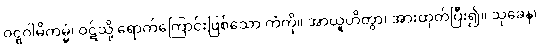
ဝဋ္ဋဂါမိကမ္မံ၊ ဝဋ်သို့ ရောက်ကြောင်းဖြစ်သော ကံကို။ အာယူဟိတွာ၊ အားထုတ်ပြီး၍။ သုခေန၊